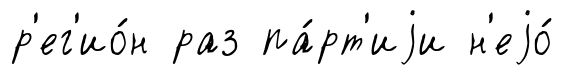
р'ег'ио́н раз па́рт'иjи н'еjо́